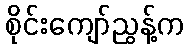
စိုင်းကျော်ညွန့်က